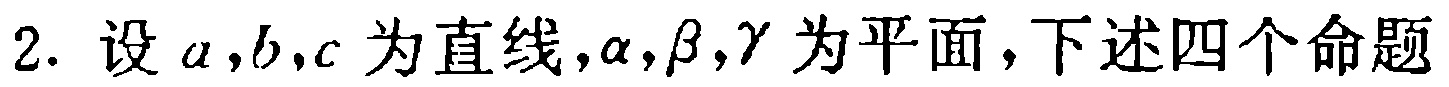
2. 设\(a,b,c\)为直线，\(\alpha,\beta,\gamma\)为平面，下述四个命题